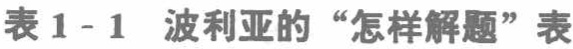
表1-1 波利亚的“怎样解题”表